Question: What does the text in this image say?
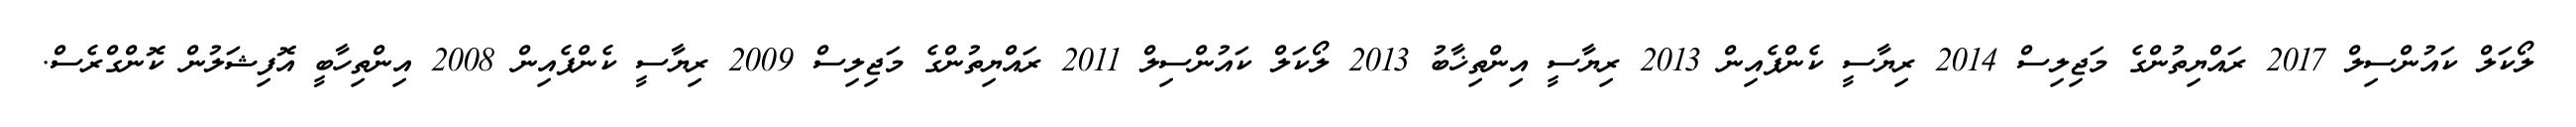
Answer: ލޯކަލް ކައުންސިލް 2017 ރައްޔިތުންގެ މަޖިލިސް 2014 ރިޔާސީ ކެންޕެއިން 2013 ރިޔާސީ އިންތިޚާބު 2013 ލޯކަލް ކައުންސިލް 2011 ރައްޔިތުންގެ މަޖިލިސް 2009 ރިޔާސީ ކެންޕެއިން 2008 އިންތިހާބީ އޮފިޝަލުން ކޮންގްރެސް.